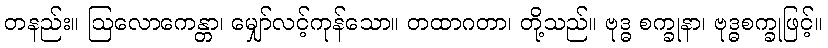
တနည်း။ ဩလောကေန္တာ၊ မျှော်လင့်ကုန်သော။ တထာဂတာ၊ တို့သည်။ ဗုဒ္ဓ စက္ခုနာ၊ ဗုဒ္ဓစက္ခုဖြင့်။